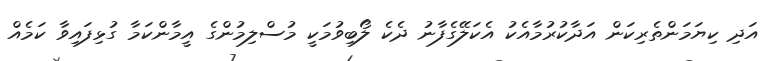
އަދި ކިޔަމަންތެރިކަން އަދާކުރުމާއެކު އެކަލޭގެފާނު ދެކެ ލޯބިވުމަކީ މުސްލިމުންގެ އީމާންކަމާ ގުޅިފައިވާ ކަމެއް